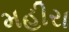
મહીરા